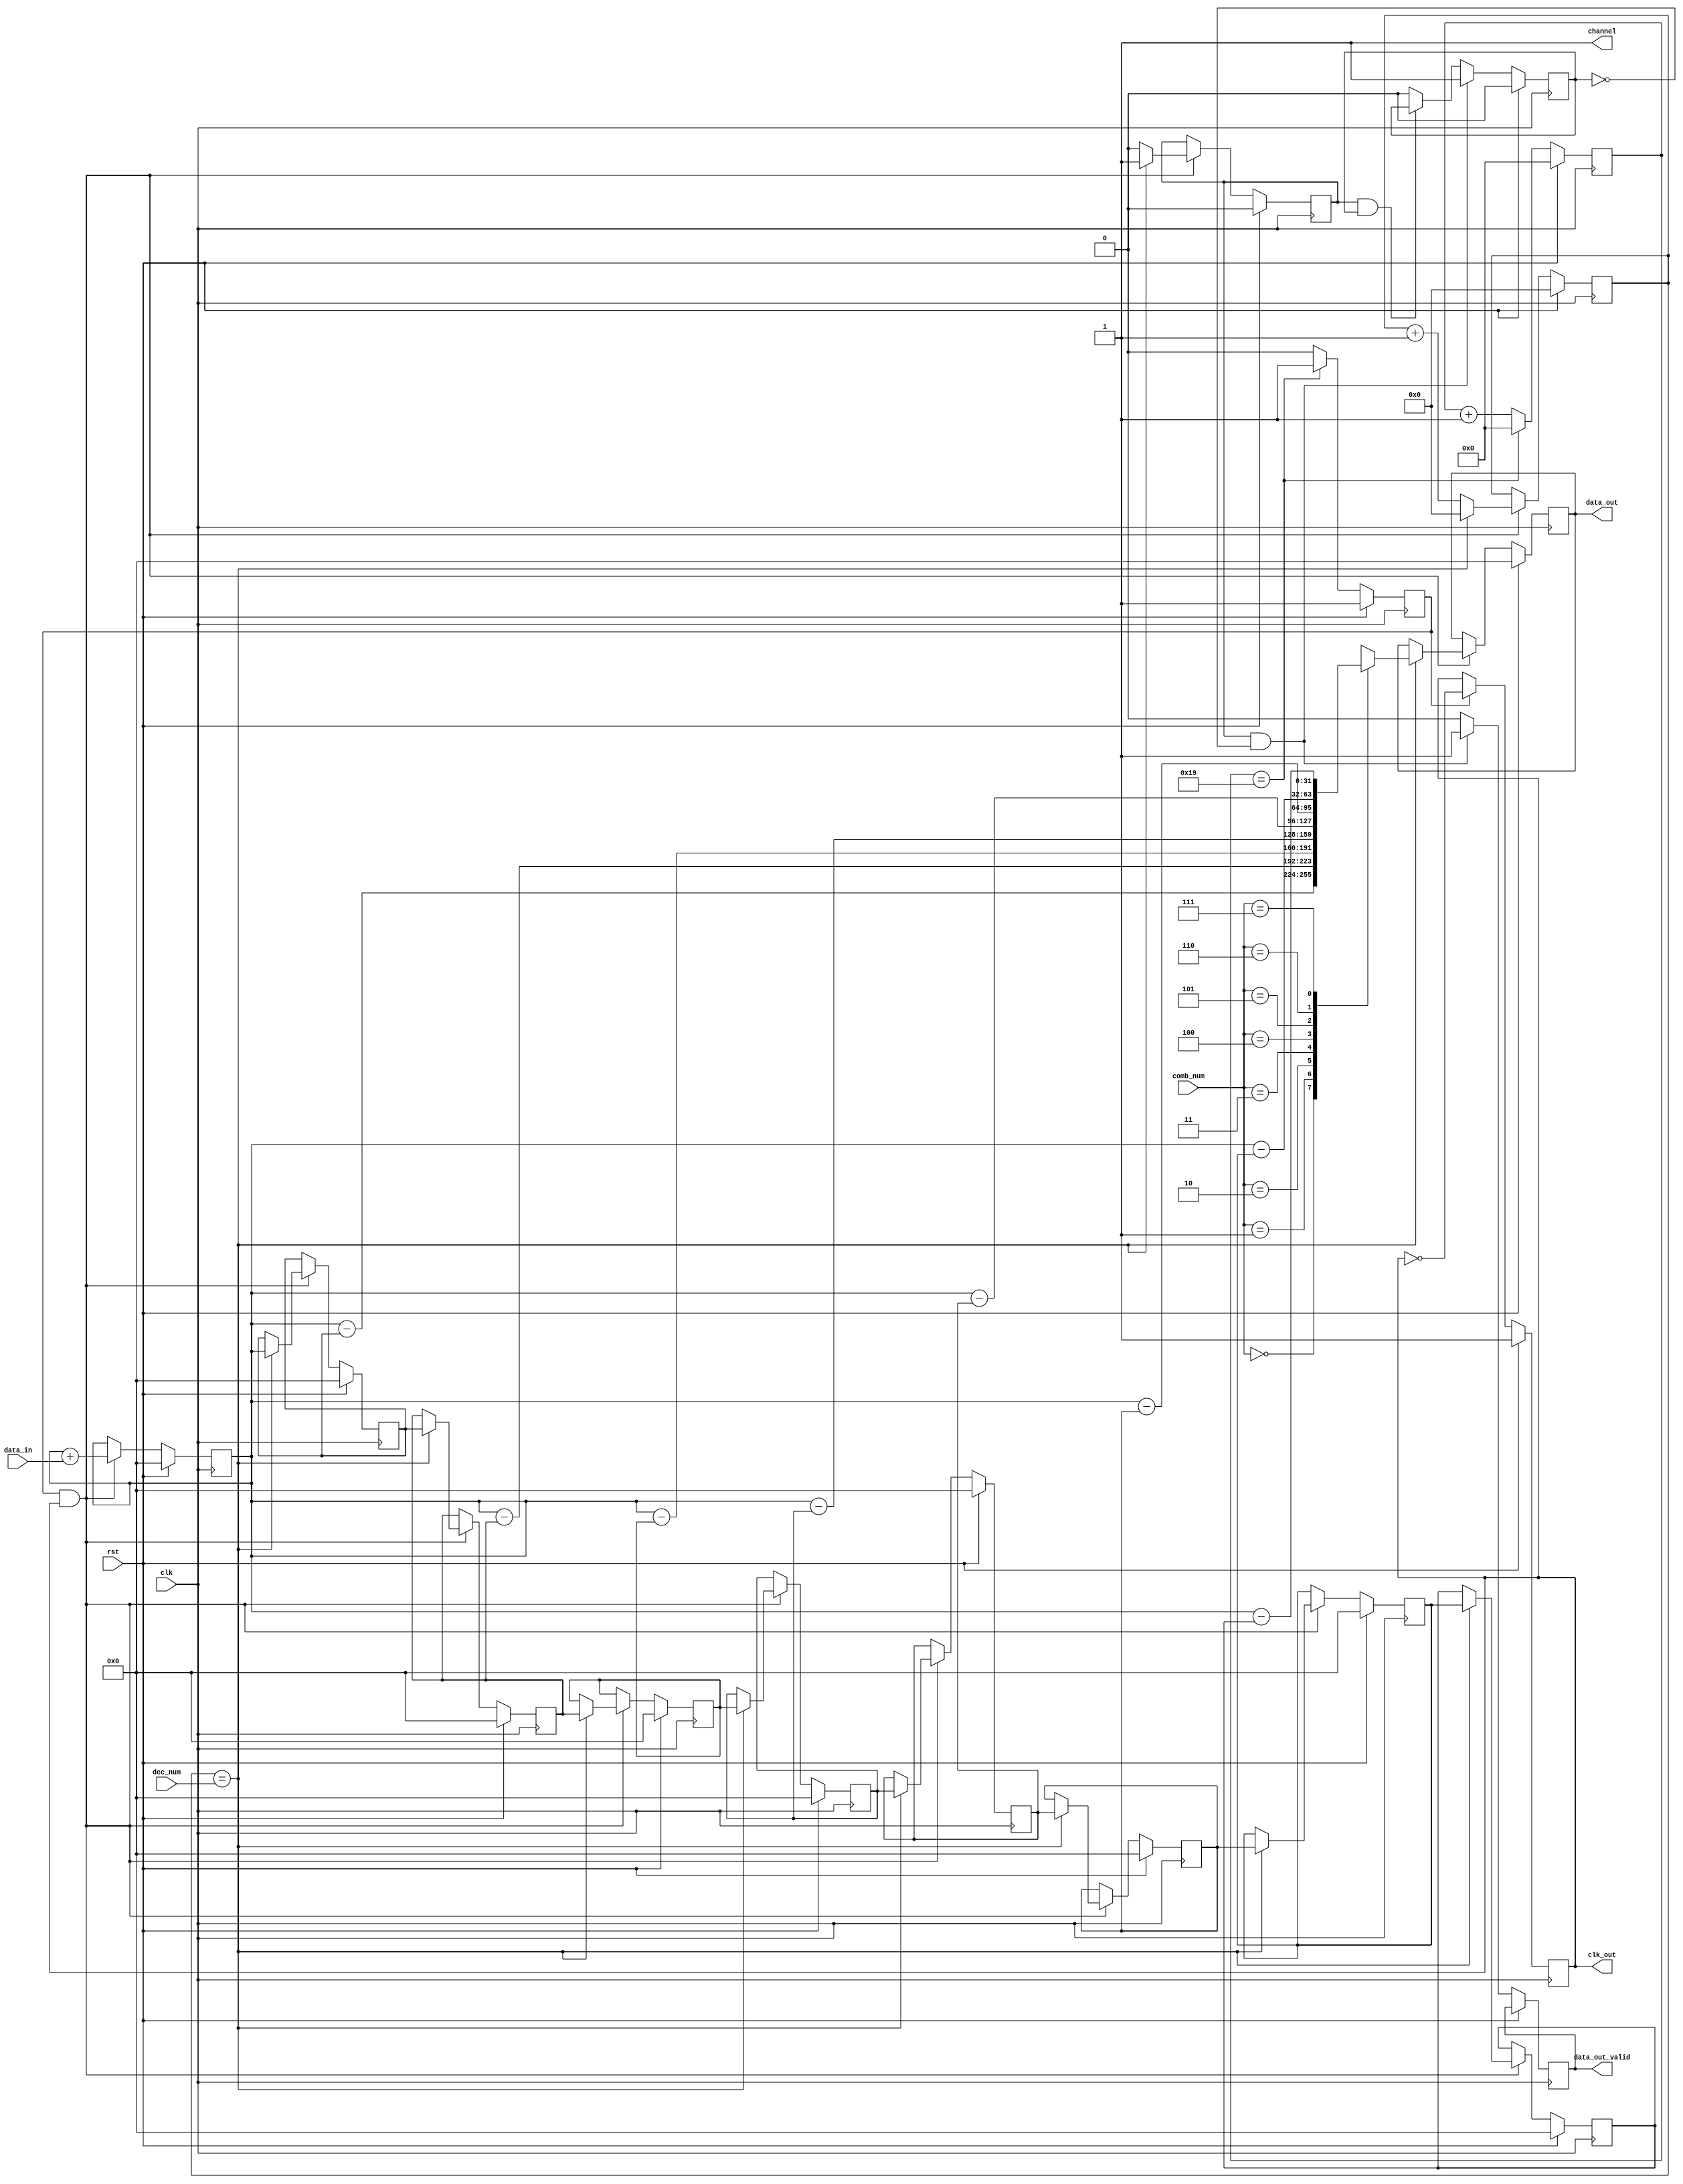
`timescale 1ns / 1ps
//////////////////////////////////////////////////////////////////////////////////
// Company: 
// Engineer: 
// 
// Design Name: 
// Module Name:    CIC_logsys 
// Project Name: 
// Target Devices: 
// Tool versions: 
// Description: 
//
// Dependencies: 
//
// Revision: 
// Revision 0.01 - File Created
// Additional Comments: 
//
//////////////////////////////////////////////////////////////////////////////////
module CIC_logsys(
	input clk,                  // clock in 50 MHz
	input rst,                  // reset
	
	input [2:0] comb_num,       // comb's rate
	input [15:0] dec_num,       // decimator's rate
	output reg [31:0] data_out, // CIC filter output
	output reg data_out_valid,  // output valid
	
	output channel,             // 
	output reg clk_out,         // clock to microphone 1 MHz
	input data_in               // data from the microphone (based on clok_out)
   );

reg [31:0] integ;
reg [15:0] dec_cntr;
reg [31:0] comb [7:0];
integer i;

reg local_valid;
reg local_valid_state;

// channel right/left_negalt
// right channel --> felfutlre kezd el megjelenni az adat
wire right_channel = 1;
assign channel = right_channel;

reg [13:0] clk_counter = 0;
reg clk_div_tc;
wire clk_out_ris;
wire clk_out_fall;
//clk falling, rising
assign clk_out_ris = clk_div_tc && !clk_out;
assign clk_out_fall = clk_div_tc && clk_out;

always @(posedge clk)
begin
	if (rst)
		begin
			clk_counter <= 0;
			clk_out <= 1;
			clk_div_tc <= 1;
			local_valid_state <= 0;
		end
	else
		begin
			if (clk_div_tc)
				begin
				clk_out <= ~ clk_out;
				end
			if(clk_counter == 25)
				begin
				clk_div_tc <= 1;
				clk_counter <= 0;
				end
			else
				begin
				clk_div_tc <= 0;
				clk_counter <= clk_counter + 1;
				end
			
			if(local_valid && !local_valid_state)
				begin
				data_out_valid <= 1;
				local_valid_state <= 1;
				end
			else if(local_valid && local_valid_state)
				begin
				data_out_valid <= 0;
				end
			else
				begin
				data_out_valid <= 0;
				local_valid_state <= 0;
				end
		end
end

always@(posedge clk)
begin

	if(rst)
		begin
			integ <= 32'd0;
			dec_cntr <= 15'd0;
			for(i = 0; i < 8; i = i+1)
				comb[i] <= 15'd0;
			data_out <= 15'd0;
			local_valid <= 0;
		end
	else if(clk_out_fall)
		begin
	
			//integrator
			integ <= integ + data_in;
			//decimator
			dec_cntr <= dec_cntr + 1;
			if(dec_cntr == dec_num)
				begin
					//comb
					comb[0] <= integ;
					//shift
					for(i = 1; i < 8; i = i+1)
						comb[i] <= comb[i-1];
					//selecting based on comb's rate
					case (comb_num)
						3'd0 : data_out <= integ - comb[0];
						3'd1 : data_out <= integ - comb[1];
						3'd2 : data_out <= integ - comb[2];
						3'd3 : data_out <= integ - comb[3];
						3'd4 : data_out <= integ - comb[4];
						3'd5 : data_out <= integ - comb[5];
						3'd6 : data_out <= integ - comb[6];
						3'd7 : data_out <= integ - comb[7];
					endcase

					local_valid <= 1'b1;
					dec_cntr <= 15'd0;
				end
			else
				begin
					local_valid <= 1'b0;
				end
		end

end // always
endmodule